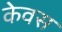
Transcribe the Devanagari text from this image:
केवस